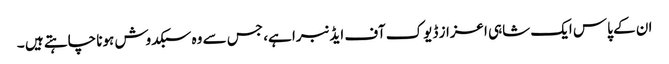
ان کے پاس ایک شاہی اعزاز ڈیوک آف ایڈنبرا ہے، جس سے وہ سبکدوش ہونا چاہتے ہیں ۔